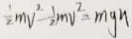
\frac { 1 } { 2 } m v ^ { 2 } - \frac { 1 } { 2 } m v ^ { 2 } = m g h